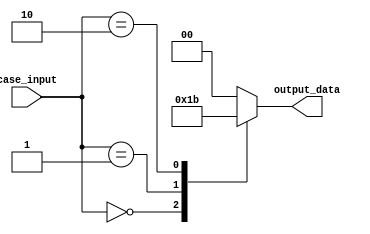
module unique_case_example (
    input wire [2:0] case_input,
    output reg [1:0] output_data
);

always @*
begin
    case(case_input)
        3'b000: output_data <= 2'b01;
        3'b001: output_data <= 2'b10;
        3'b010: output_data <= 2'b11;
        default: output_data <= 2'b00;
    endcase
end

endmodule